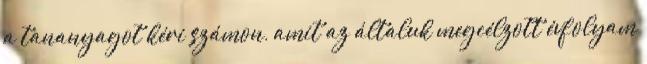
a tananyagot kéri számon, amit az általuk megcélzott évfolyam